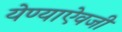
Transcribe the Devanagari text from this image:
येण्याऐवजी